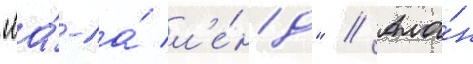
"ла́-ла́ л'е́нд" // Ала́н